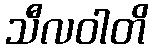
သီလဝါတိ